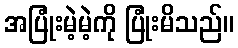
အပြုံးမဲ့မဲ့ကို ပြုံးမိသည်။